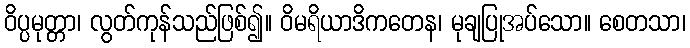
ဝိပ္ပမုတ္တာ၊ လွတ်ကုန်သည်ဖြစ်၍။ ဝိမရိယာဒိကတေန၊ မုချပြုအပ်သော။ စေတသာ၊